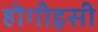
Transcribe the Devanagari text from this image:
होगीइसी